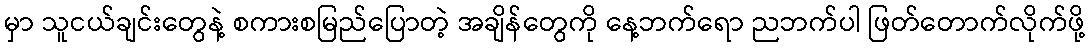
မှာ သူငယ်ချင်းတွေနဲ့ စကားစမြည်ပြောတဲ့ အချိန်တွေကို နေ့ဘက်ရော ညဘက်ပါ ဖြတ်တောက်လိုက်ဖို့